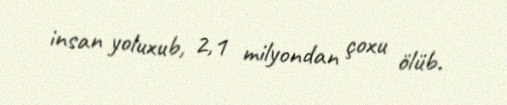
insan yoluxub, 2,1 milyondan çoxu ölüb.